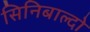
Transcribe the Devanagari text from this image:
सिनिबाल्दो